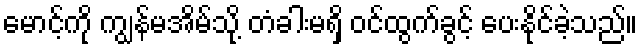
မောင့်ကို ကျွန်မအိမ်သို့ တံခါးမရှိ ဝင်ထွက်ခွင့် ပေးနိုင်ခဲ့သည်။